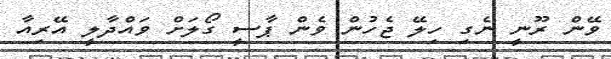
ވޭން ރޫނީ ނެގި ހިލޭ ޖެހުން ވެން ޕާސީ ގޯލަށް ވައްދާލީ އޭރިއާ